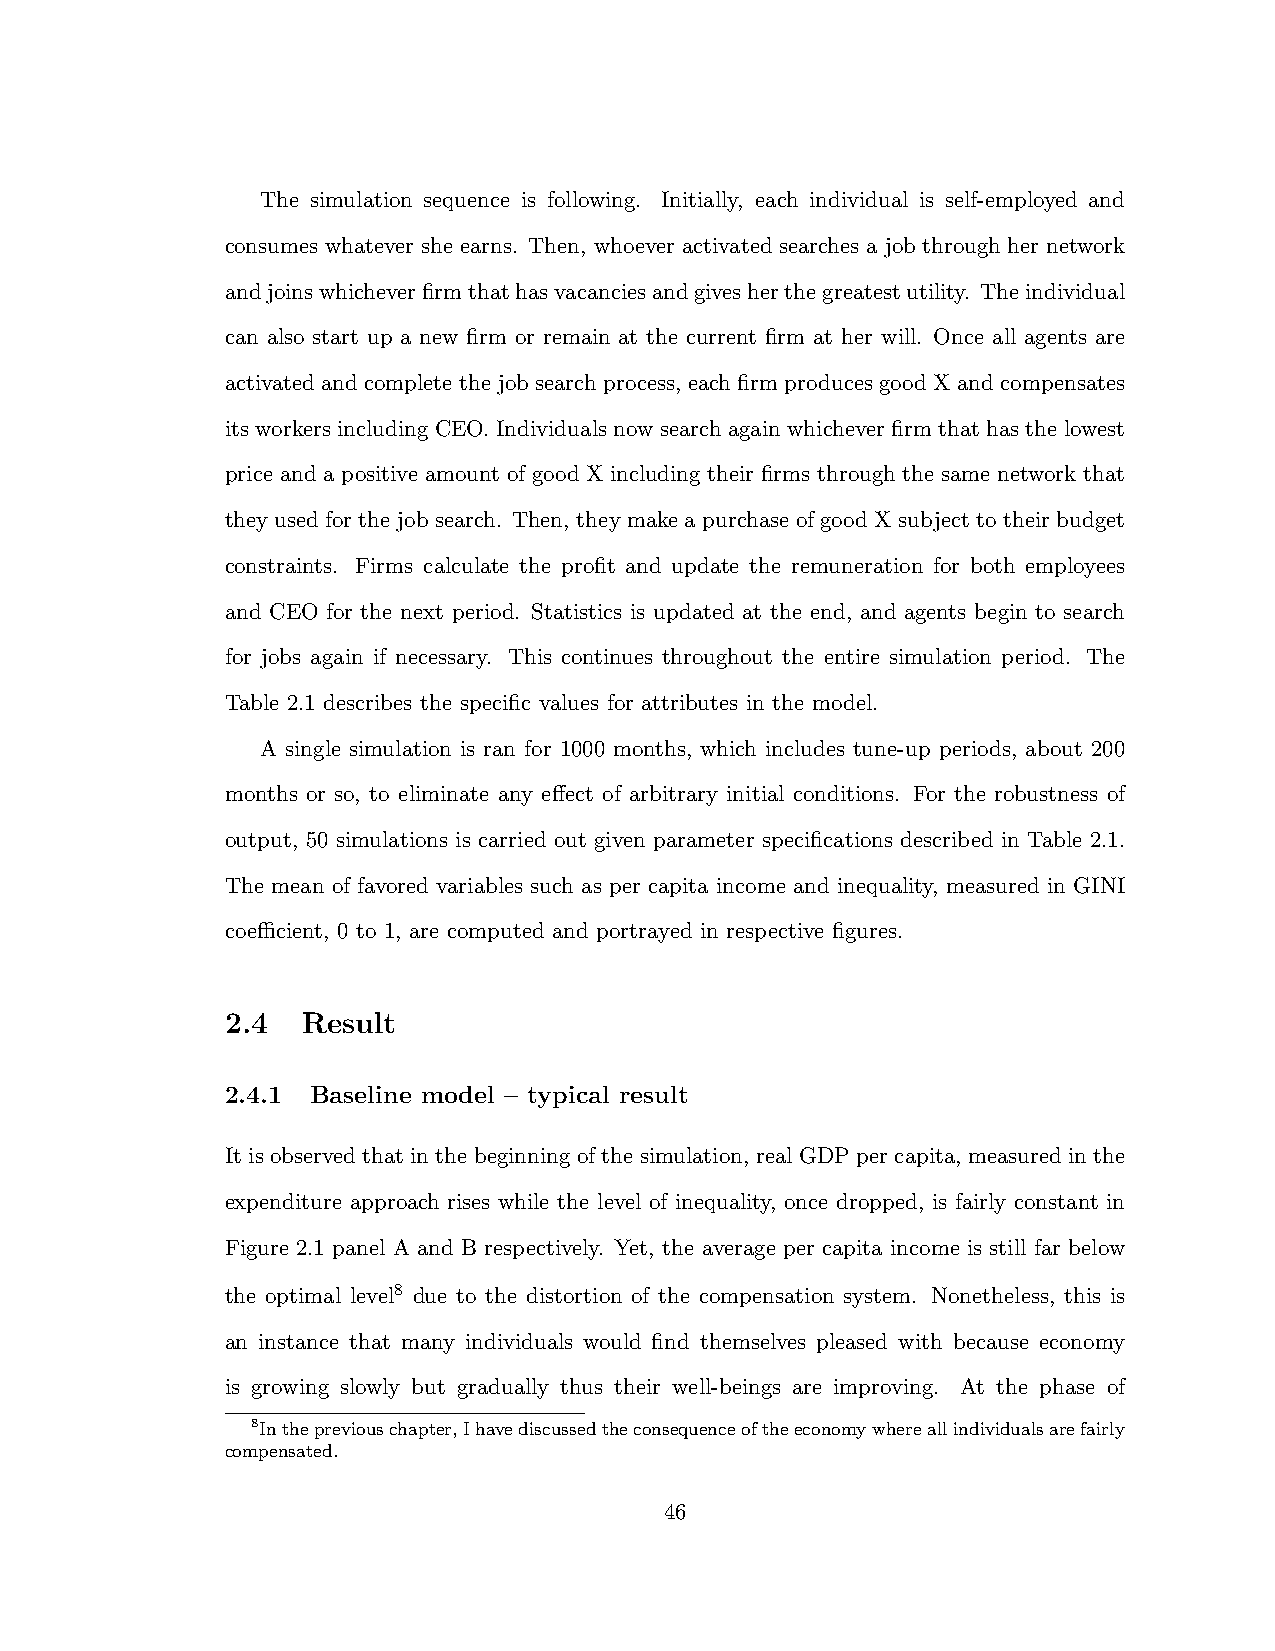
The simulation sequence is following. Initially, each individual is self-employed and
 consumes whatever she earns. Then, whoever activated searches a job through her network
 andjoinswhicheverfirmthathasvacanciesandgivesherthegreatestutility. Theindividual
 can also start up a new firm or remain at the current firm at her will. Once all agents are
 activated and complete the job search process, each firm produces good X and compensates
 its workers including CEO. Individuals now search again whichever firm that has the lowest
 price and a positive amount of good X including their firms through the same network that
 they used for the job search. Then, they make a purchase of good X subject to their budget
 constraints. Firms calculate the profit and update the remuneration for both employees
 and CEO for the next period. Statistics is updated at the end, and agents begin to search
 for jobs again if necessary. This continues throughout the entire simulation period. The
 Table 2.1 describes the specific values for attributes in the model.
 A single simulation is ran for 1000 months, which includes tune-up periods, about 200
 months or so, to eliminate any e↵ect of arbitrary initial conditions. For the robustness of
 output, 50 simulations is carried out given parameter specifications described in Table 2.1.
 The mean of favored variables such as per capita income and inequality, measured in GINI
 coecient, 0 to 1, are computed and portrayed in respective figures.
 2.4  Result
 2.4.1 Baseline model – typical result
 It is observed that in the beginning of the simulation, real GDP per capita, measured in the
 expenditure approach rises while the level of inequality, once dropped, is fairly constant in
 Figure 2.1 panel A and B respectively. Yet, the average per capita income is still far below
 the optimal level8 due to the distortion of the compensation system. Nonetheless, this is
 an instance that many individuals would find themselves pleased with because economy
 is growing slowly but gradually thus their well-beings are improving. At the phase of
 8Inthepreviouschapter,Ihavediscussedtheconsequenceoftheeconomywhereallindividualsarefairly
 compensated.
 46